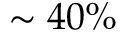
\sim 4 0 \%